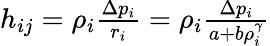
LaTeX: \begin{array}{r}{h_{ij}=\rho_{i}\frac{\Delta p_{i}}{r_{i}}=\rho_{i}\frac{\Delta p_{i}}{a+b\rho_{i}^{\gamma}}}\end{array}